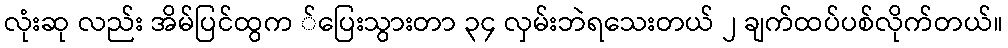
လုံးဆု လည်း အိမ်ပြင်ထွက ်ပြေးသွားတာ ၃၄ လှမ်းဘဲရသေးတယ် ၂ ချက်ထပ်ပစ်လိုက်တယ်။